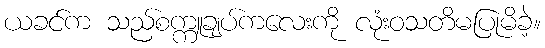
ယခင်က သည်စက္ကူချပ်ကလေးကို လုံးဝသတိမပြုမိခဲ့။